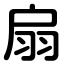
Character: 扇